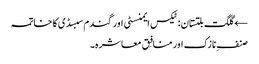
← گلگت بلتستان: ٹیکس ایمنسٹی اور گندم سبسڈی کا خاتمہ
صنفِ نازک اور منافِق معاشرہ۔